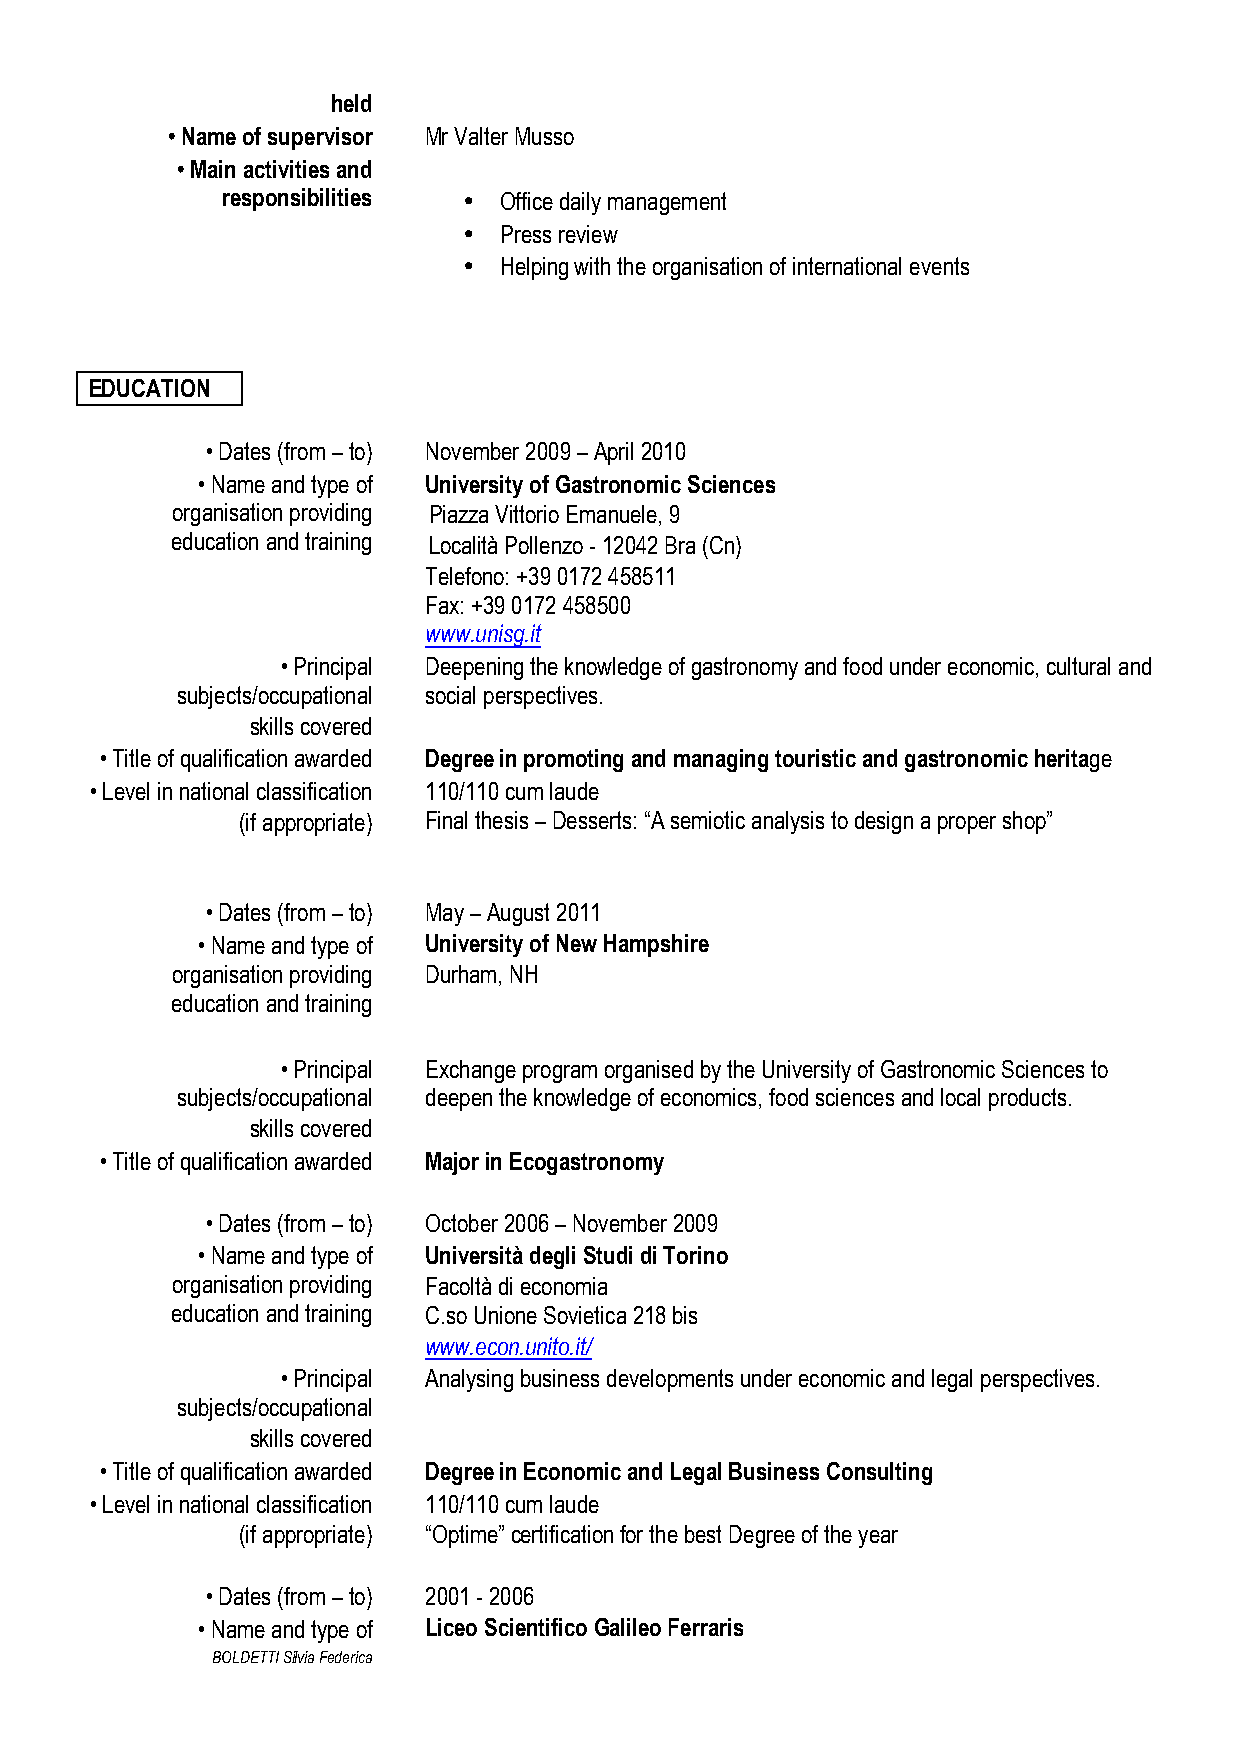
held
 • Name of supervisor Mr Valter Musso
 • Main activities and
 responsibilities • Office daily management
 • Press review
 • Helping with the organisation of international events
 EDUCATION
 • Dates (from – to) November 2009 – April 2010
 • Name and type of University of Gastronomic Sciences
 organisation providing Piazza Vittorio Emanuele, 9
 education and training Località Pollenzo - 12042 Bra (Cn)
 Telefono: +39 0172 458511
 Fax: +39 0172 458500
 www.unisg.it
 • Principal Deepening the knowledge of gastronomy and food under economic, cultural and
 subjects/occupational social perspectives.
 skills covered
 • Title of qualification awarded Degree in promoting and managing touristic and gastronomic heritage
 • Level in national classification 110/110 cum laude
 (if appropriate) Final thesis – Desserts: “A semiotic analysis to design a proper shop”
 • Dates (from – to) May – August 2011
 • Name and type of University of New Hampshire
 organisation providing Durham, NH
 education and training
 • Principal Exchange program organised by the University of Gastronomic Sciences to
 subjects/occupational deepen the knowledge of economics, food sciences and local products.
 skills covered
 • Title of qualification awarded Major in Ecogastronomy
 • Dates (from – to) October 2006 – November 2009
 • Name and type of Università degli Studi di Torino
 organisation providing Facoltà di economia
 education and training C.so Unione Sovietica 218 bis
 www.econ.unito.it/
 • Principal Analysing business developments under economic and legal perspectives.
 subjects/occupational
 skills covered
 • Title of qualification awarded Degree in Economic and Legal Business Consulting
 • Level in national classification 110/110 cum laude
 (if appropriate) “Optime” certification for the best Degree of the year
 • Dates (from – to) 2001 - 2006
 • Name and type of Liceo Scientifico Galileo Ferraris
 BOLDETTI Silvia Federica